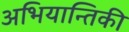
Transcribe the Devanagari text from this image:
अभियान्तिकी